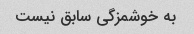
به خوشمزگی سابق نیست